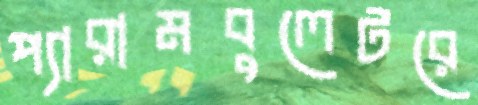
প্যারামবুলেটরে